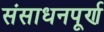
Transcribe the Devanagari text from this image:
संसाधनपूर्ण